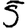
Digit: 5